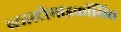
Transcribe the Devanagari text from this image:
ब्लास्टोमाइकॉसिस